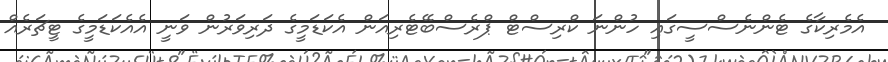
އެމެރިކާގެ ޓެންނެސްސީގައި ހުންނަ ކްރިސްޓް ޕްރެސްބޭޓެރިއަން އެކަޑަމީގެ ދަރިވަރުން ވަނީ އެއެކަޑަމީގެ ޓީޗަރެއް